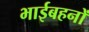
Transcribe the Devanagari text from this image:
भाईबहनों